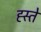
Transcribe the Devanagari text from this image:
ह्स्ते